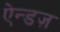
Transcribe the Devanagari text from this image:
ऐन्डज़